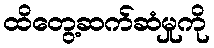
ထိတွေ့ဆက်ဆံမှုကို